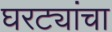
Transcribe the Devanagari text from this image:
घरट्यांचा